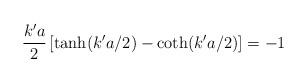
LaTeX: \begin{align*}\frac{k'a}{2}\left[\tanh(k'a/2)-\coth(k'a/2)\right]=-1\end{align*}